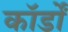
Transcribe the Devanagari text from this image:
कॉर्डों